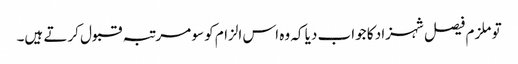
تو ملزم فیصل شہزاد کا جواب دیا کہ وہ اس الزام کو سو مرتبہ قبول کرتے ہیں۔